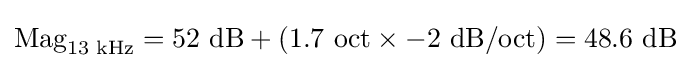
{\text{Mag}}_{13{\text{ kHz}}}=52{\text{ dB}}+(1.7{\text{ oct}}\times -2{\text{ dB/oct}})=48.6{\text{ dB}}